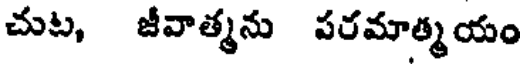
చుట, జీవాత్మను పరమాత్మయం